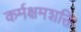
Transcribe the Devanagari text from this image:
कर्मक्षमशक्ति